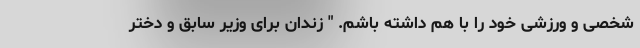
شخصی و ورزشی خود را با هم داشته باشم. " زندان برای وزیر سابق و دختر